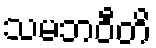
သမဘဝီတိ